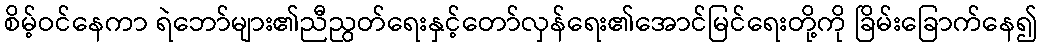
စိမ့်ဝင်နေကာ ရဲဘော်များ၏ညီညွတ်ရေးနှင့်တော်လှန်ရေး၏အောင်မြင်ရေးတို့ကို ခြိမ်းခြောက်နေ၍